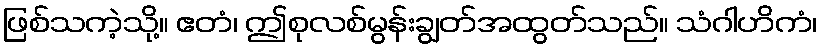
ဖြစ်သကဲ့သို့။ ဧတံ၊ ဤစုလစ်မွန်းချွတ်အထွတ်သည်။ သံဂါဟိကံ၊